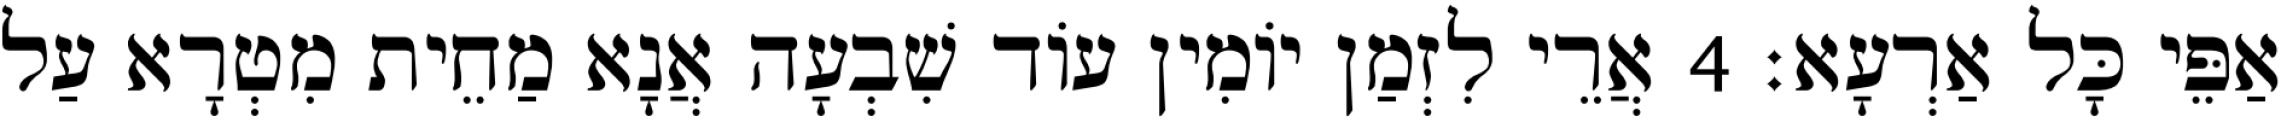
אַפֵּי כָּל אַרְעָא׃ 4 אֲרֵי לִזְמַן יוֹמִין עוֹד שִׁבְעָה אֲנָא מַחֵית מִטְרָא עַל